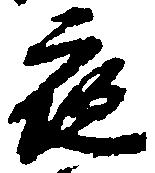
夜